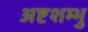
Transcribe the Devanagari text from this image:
अष्टशम्भु